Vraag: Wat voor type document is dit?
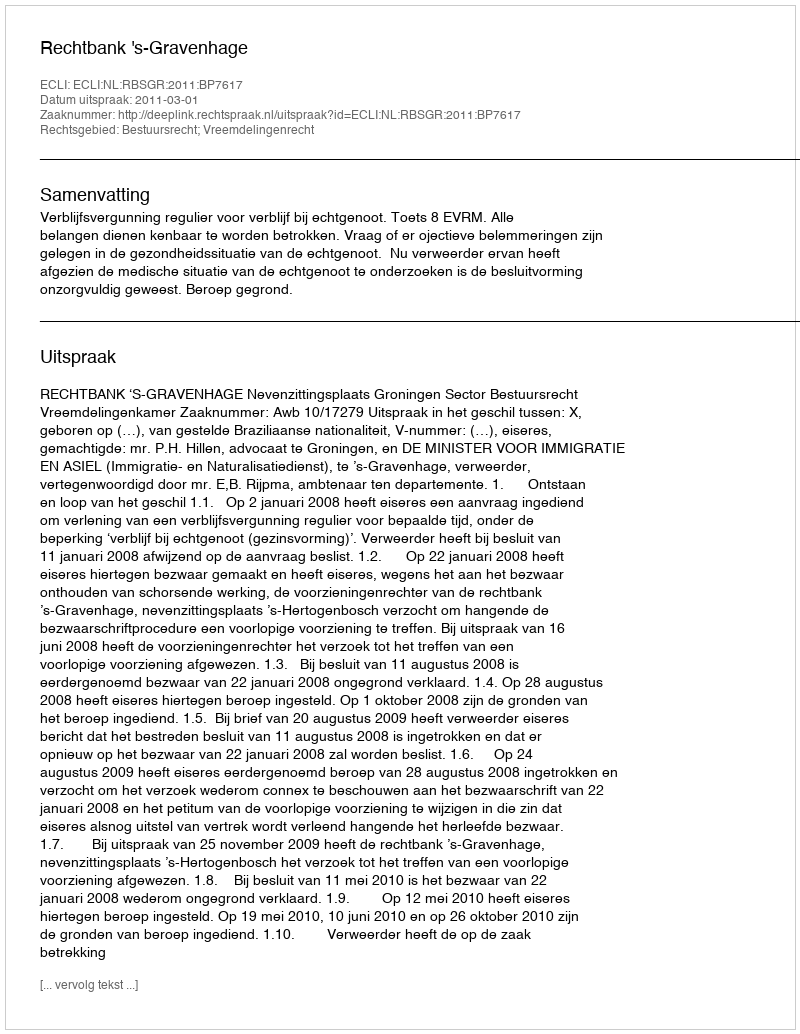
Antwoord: Uitspraak